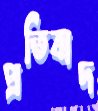
প্রতিবাদ